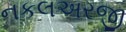
નકલઅરજી